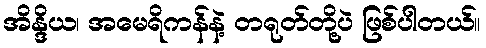
အိန္ဒိယ၊ အမေရိကန်နဲ့ တရုတ်တို့ပဲ ဖြစ်ပါတယ်။